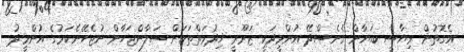
އެގޮތުން ރިޔާސީ ބަޔާން ގެނެސްދޭ އުންމީދަކީ ޒަރޫރީ ޚިދުމަތްތަކަށް ސަލާންޖަހާން ނުޖެހޭނެކަމުގެ އުންމީދު